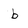
Character: b